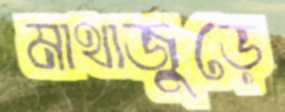
মাথাজুড়ে